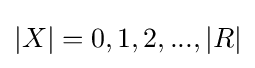
{\textstyle |X|=0,1,2,...,|R|}